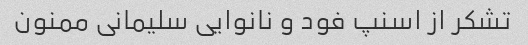
تشکر از اسنپ فود و نانوایی سلیمانی ممنون